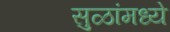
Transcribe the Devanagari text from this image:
सुळांमध्ये